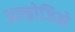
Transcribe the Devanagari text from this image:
अल्ब्रोजियो